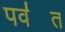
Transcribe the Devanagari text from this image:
पव॑त